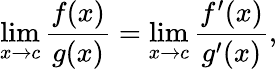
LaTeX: \operatorname*{lim}_{x\to c}{\frac{f(x)}{g(x)}}=\operatorname*{lim}_{x\to c}{\frac{f^{\prime}(x)}{g^{\prime}(x)}},